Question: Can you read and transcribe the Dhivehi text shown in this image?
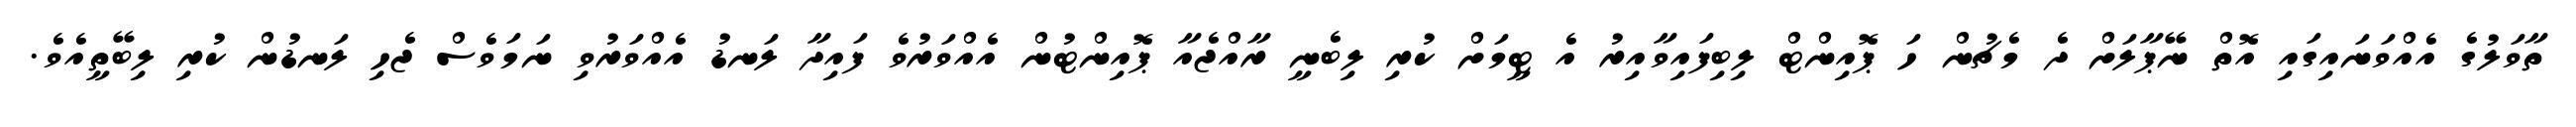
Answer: ތާވަލުގެ އެއްވަނައިގައި އޮތް ނޭޕާލަށް ދެ މެޗުން ހަ ޕޮއިންޓް ލިބިފައިވާއިރު އެ ޓީމަށް ކުރި ލިބެނީ ރާއްޖެއާ ޕޮއިންޓުން އެއްވަރުވެ ފައިދާ ލަނޑު އެއްވަރުވި ނަމަވެސް ޖެހި ލަނޑުން ކުރި ލިބޭތީއެވެ.